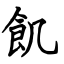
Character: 飢